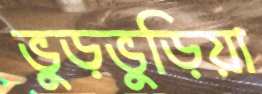
ভুড়ভুড়িয়া